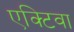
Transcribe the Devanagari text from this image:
एक्टिवा